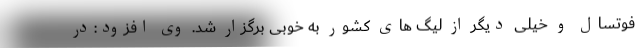
فوتسال و خیلی دیگر از لیگ های کشور به خوبی برگزار شد. وی افزود:در